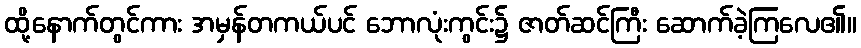
ထို့နောက်တွင်ကား အမှန်တကယ်ပင် ဘောလုံးကွင်း၌ ဇာတ်ဆင်ကြီး ဆောက်ခဲ့ကြလေ၏။